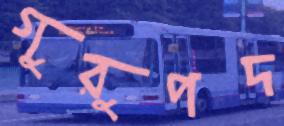
গুরুপদ